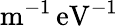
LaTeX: \mathrm{{m^{-1}\, eV^{-1}}}